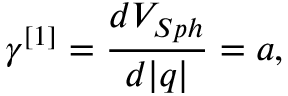
\gamma ^ { [ 1 ] } = \frac { d V _ { S p h } } { d \vert q \vert } = a ,